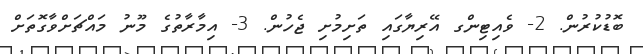
ބޮޑުކުރުން. 2- ވެއިޓިންގ އޭރިޔާގައި ތަށިމުށި ޖެހުން. 3- އިމާރާތުގެ މޫނު މައްޗަށްވާގޮތަށް